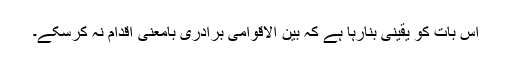
اس بات کو یقینی بنارہا ہے کہ بین الاقوامی برادری بامعنی اقدام نہ کرسکے۔